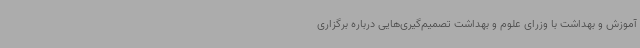
آموزش و بهداشت با وزرای علوم و بهداشت تصمیم‌گیری‌هایی درباره برگزاری